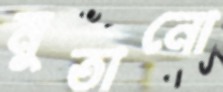
মুতানো